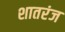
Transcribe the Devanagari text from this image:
शातरंज